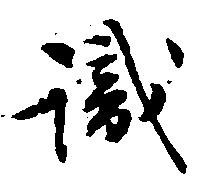
識